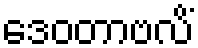
ဒေဝတာဗလိံ